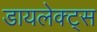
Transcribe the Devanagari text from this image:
डायलेक्ट्स